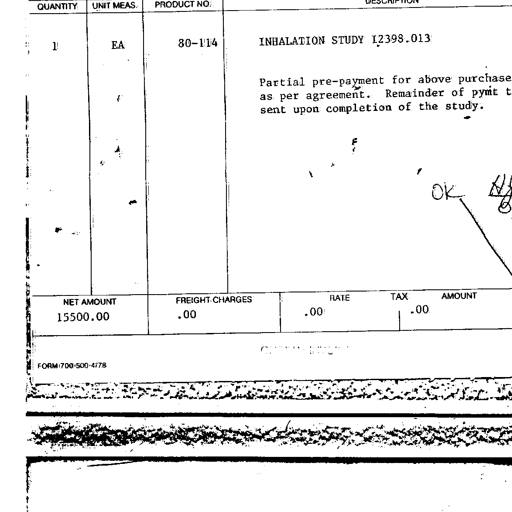
QUANTITY UNIT MEAS. PRODUCT NO. DESCRIPTION
1 EA 80-114 INHALATION STUDY I2398.013
Partial pre-payment for above purchase
as per agreement. Remainder of pymt t
sent upon completion of the study.
OK
NET AMOUNT FREIGHT CHARGES RATE TAX AMOUNT
15500.00 .00 .00 .00
FORM 700-500-4/78